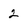
Character: 2